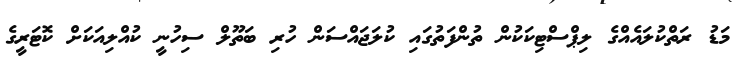
މަޑު ރަތްކުލައެއްގެ ލިޕްސްޓިކަކުން ތުންފަތުގައި ކުލަޖައްސަން ހުރި ބަތޫލް ސިހުނީ ކުއްލިއަކަށް ކޮޓަރީގެ